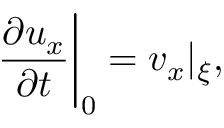
{ \frac { \partial u _ { x } } { \partial t } } \bigg \vert _ { 0 } = v _ { x } | _ { \xi } ,